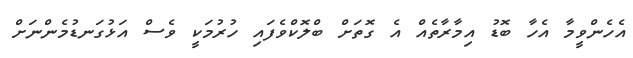
އެހެންވީމާ އެހާ ބޮޮޑު އިމާރާތެއް އެ ގޮތަށް ބްލޮކްވެފައި ހުރުމަކީ ވެސް އަޅުގަނޑުމެންނަށް